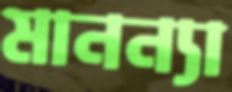
মানন্যা